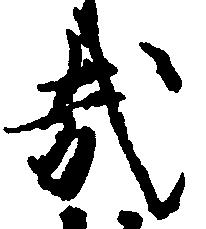
哉